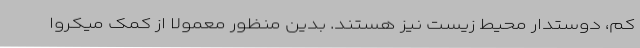
کم، دوستدار محیط زیست نیز هستند. بدین منظور معمولاً از کمک میکروا